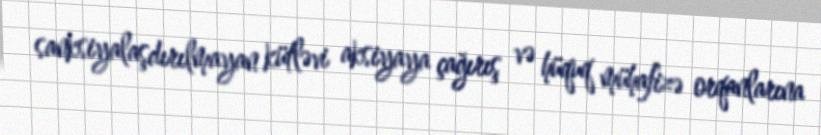
sanksiyalaşdırılmayan kütləvi aksiyaya çağırış və hüquq mühafizə orqanlarına